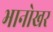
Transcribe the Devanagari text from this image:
भानोखर